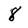
Character: 8